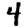
Digit: 4